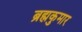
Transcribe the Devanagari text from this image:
ब्रह्मकुमार